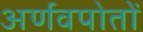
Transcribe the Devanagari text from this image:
अर्णवपोतों